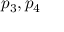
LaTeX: p _ { 3 } , p _ { 4 }